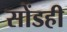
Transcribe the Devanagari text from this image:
सोंडही